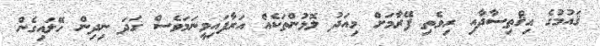
ޤައުމުގެ އިޤްތިސާދާއި ރިވެތި ފޭރާމަށް މިއަދު ލޮޅުންތަކެއް އަރާފައިވީނަމަވެސް ގަދަ ނިދިން ހޭލައިގެން